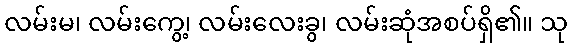
လမ်းမ၊ လမ်းကွေ့၊ လမ်းလေးခွ၊ လမ်းဆုံအစပ်ရှိ၏။ သု